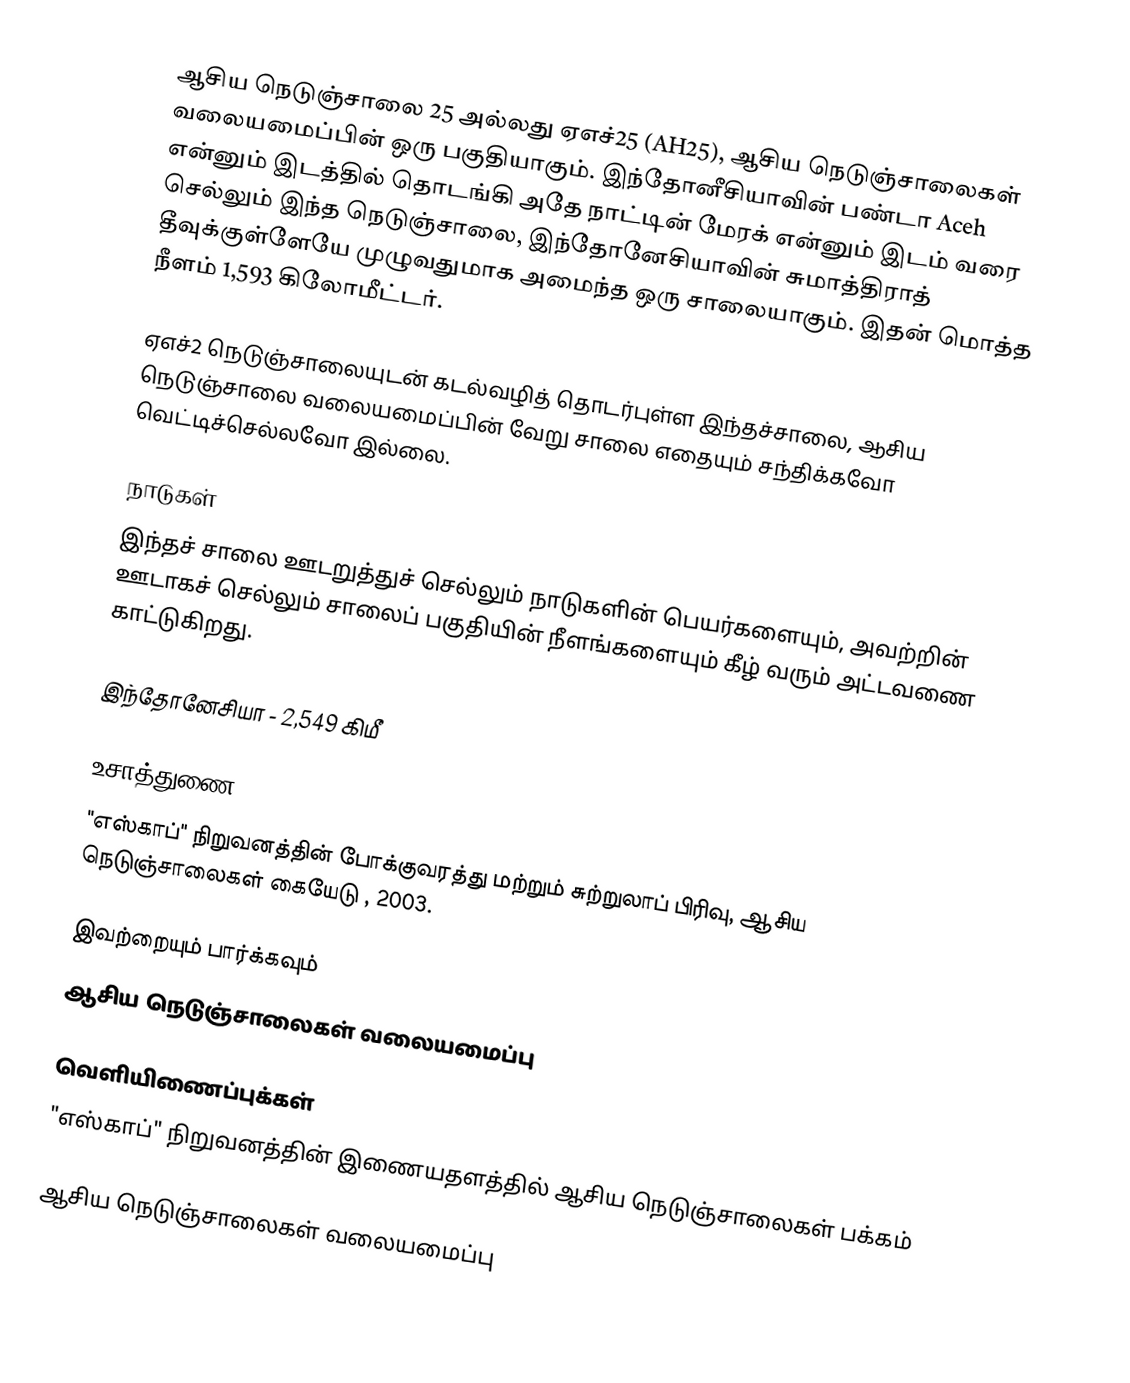
ஆசிய நெடுஞ்சாலை 25 அல்லது ஏஎச்25 (AH25), ஆசிய நெடுஞ்சாலைகள் வலையமைப்பின் ஒரு பகுதியாகும். இந்தோனீசியாவின் பண்டா Aceh என்னும் இடத்தில் தொடங்கி அதே நாட்டின் மேரக் என்னும் இடம் வரை செல்லும் இந்த நெடுஞ்சாலை, இந்தோனேசியாவின் சுமாத்திராத் தீவுக்குள்ளேயே முழுவதுமாக அமைந்த ஒரு சாலையாகும். இதன் மொத்த நீளம் 1,593 கிலோமீட்டர்.

ஏஎச்2 நெடுஞ்சாலையுடன் கடல்வழித் தொடர்புள்ள இந்தச்சாலை, ஆசிய நெடுஞ்சாலை வலையமைப்பின் வேறு சாலை எதையும் சந்திக்கவோ வெட்டிச்செல்லவோ இல்லை.

நாடுகள்
இந்தச் சாலை ஊடறுத்துச் செல்லும் நாடுகளின் பெயர்களையும், அவற்றின் ஊடாகச் செல்லும் சாலைப் பகுதியின் நீளங்களையும் கீழ் வரும் அட்டவணை காட்டுகிறது.

 இந்தோனேசியா - 2,549 கிமீ

உசாத்துணை
 "எஸ்காப்" நிறுவனத்தின் போக்குவரத்து மற்றும் சுற்றுலாப் பிரிவு, ஆசிய நெடுஞ்சாலைகள் கையேடு , 2003.

இவற்றையும் பார்க்கவும்
 ஆசிய நெடுஞ்சாலைகள் வலையமைப்பு

வெளியிணைப்புக்கள்
 "எஸ்காப்" நிறுவனத்தின் இணையதளத்தில் ஆசிய நெடுஞ்சாலைகள் பக்கம்

 ஆசிய நெடுஞ்சாலைகள் வலையமைப்பு